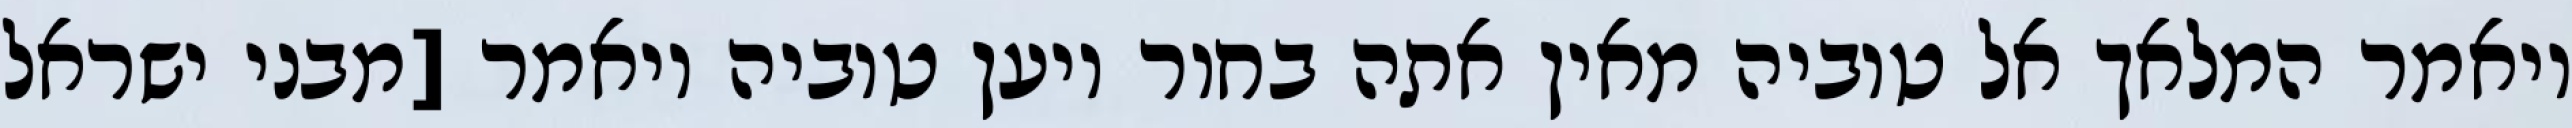
ויאמר המלאך אל טוביה מאין אתה בחור ויען טוביה ויאמר [מבני ישראל